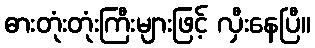
ဓားတုံးတုံးကြီးများဖြင့် လှီးနေပြီ။